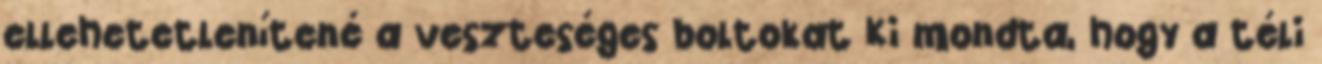
ellehetetlenítené a veszteséges boltokat Ki mondta, hogy a téli